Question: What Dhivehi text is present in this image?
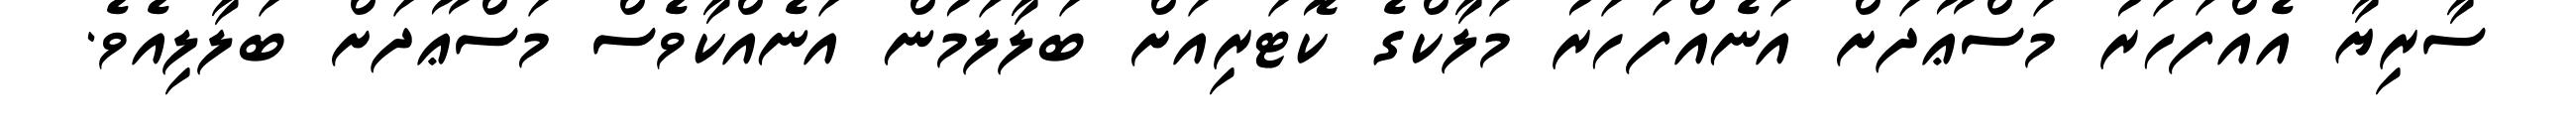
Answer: ސާރިޔާ އެއްފަހަރު މަސްޢޫދަށް އަނެއްފަހަރު މަލާކްގެ ކޮޓަރިއަށް ބަލާލަމުން އަނެއްކާވެސް މަސްޢޫދަށް ބަލާލިއެވެ.